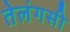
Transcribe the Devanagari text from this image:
तेलंगसी